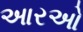
આરઓ